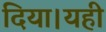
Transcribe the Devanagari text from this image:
दिया।यही